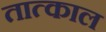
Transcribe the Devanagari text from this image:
तात्काल